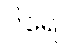
ပိရေ